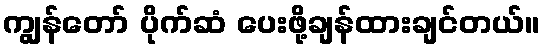
ကျွန်တော် ပိုက်ဆံ ပေးဖို့ချန်ထားချင်တယ်။